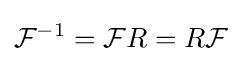
{\mathcal {F}}^{-1}={\mathcal {F}}R=R{\mathcal {F}}